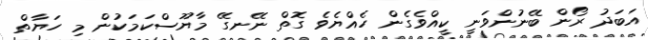
އަބަދު ރޯން ބޭނުންވަނީ ކީއްވެގެން ހެއްޔެވެ ގޮތް ނޭނގޭ މާޔޫސްކަމަކުން މި ހަޔާތް